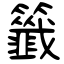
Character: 籤